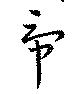
虎